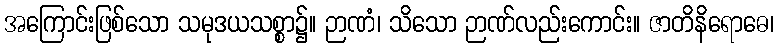
အကြောင်းဖြစ်သော သမုဒယသစ္စာ၌။ ဉာဏံ၊ သိသော ဉာဏ်လည်းကောင်း။ ဇာတိနိရောဓေ၊